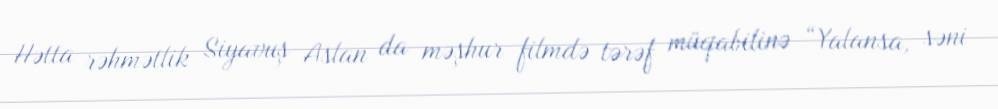
Hətta rəhmətlik Siyavuş Aslan da məşhur filmdə tərəf müqabilinə “Yalansa, səni